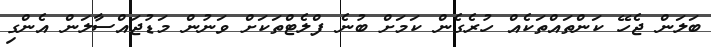
ބަލަން ޖެހޭ ކަންތައްތަކެއް ހުރެގެން ކަމަށް ބުނެ ފްލެޓްތަކަށް ވަނުން މަޑުޖައްސާލަން އެންގި